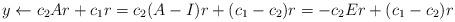
LaTeX: \begin{align*} y \gets c_2 Ar + c_1 r = c_2 (A-I)r + (c_1 - c_2)r = -c_2 Er + (c_1 - c_2)r \end{align*}